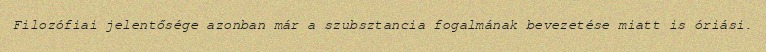
Filozófiai jelentősége azonban már a szubsztancia fogalmának bevezetése miatt is óriási.